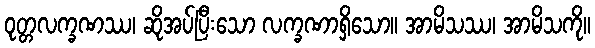
ဝုတ္တလက္ခဏဿ၊ ဆိုအပ်ပြီးသော လက္ခဏာရှိသော။ အာမိသဿ၊ အာမိသကို။